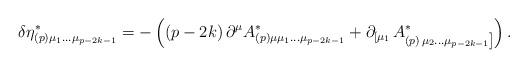
LaTeX: \begin{align*}\delta \eta _{(p)\mu _1\ldots \mu _{p-2k-1}}^{*}=-\left( \left(p-2k\right) \partial ^\mu A_{(p)\mu \mu _1\ldots \mu _{p-2k-1}}^{*}+\partial_{\left[ \mu _1\right. }A_{(p)\left. \mu _2\ldots \mu _{p-2k-1}\right]}^{*}\right) .\end{align*}